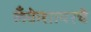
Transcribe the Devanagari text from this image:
लँकेशायरचे